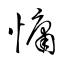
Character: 慵